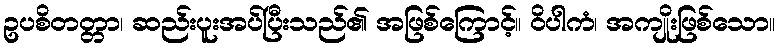
ဥပစိတတ္တာ၊ ဆည်းပူးအပ်ပြီးသည်၏ အဖြစ်ကြောင့်။ ဝိပါကံ၊ အကျိုးဖြစ်သော။